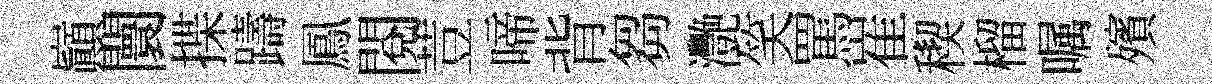
巔闤揲躊鳳閲荳啼背芻灧笑罵崔稧榴嘱殯